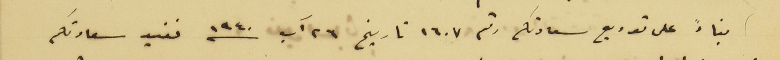
بناءً على توريع سعادتكم رقم ١٦٠٧ تاريخ ٢٦ آب سنه ١٩٤٠ نفيد سعادتكم